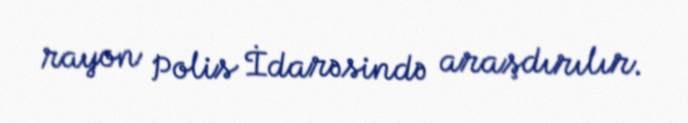
rayon Polis İdarəsində araşdırılır.